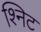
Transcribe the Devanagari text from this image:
श्निट